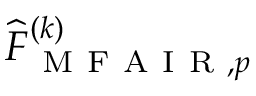
\widehat { F } _ { \mathrm { ~ M ~ F ~ A ~ I ~ R ~ } , p } ^ { ( k ) }